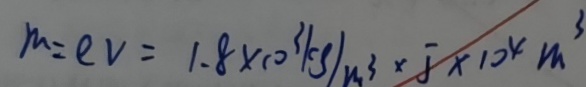
m = e v = 1 . 8 \times 1 0 ^ { 3 } k g / m ^ { 3 } \times 5 \times 1 0 ^ { 4 } m ^ { 3 }